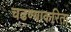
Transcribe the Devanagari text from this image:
चढण्याकरिता